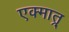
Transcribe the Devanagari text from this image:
एक्मात्र्